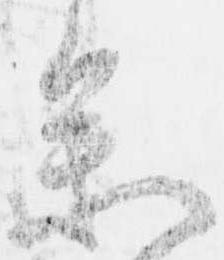
参